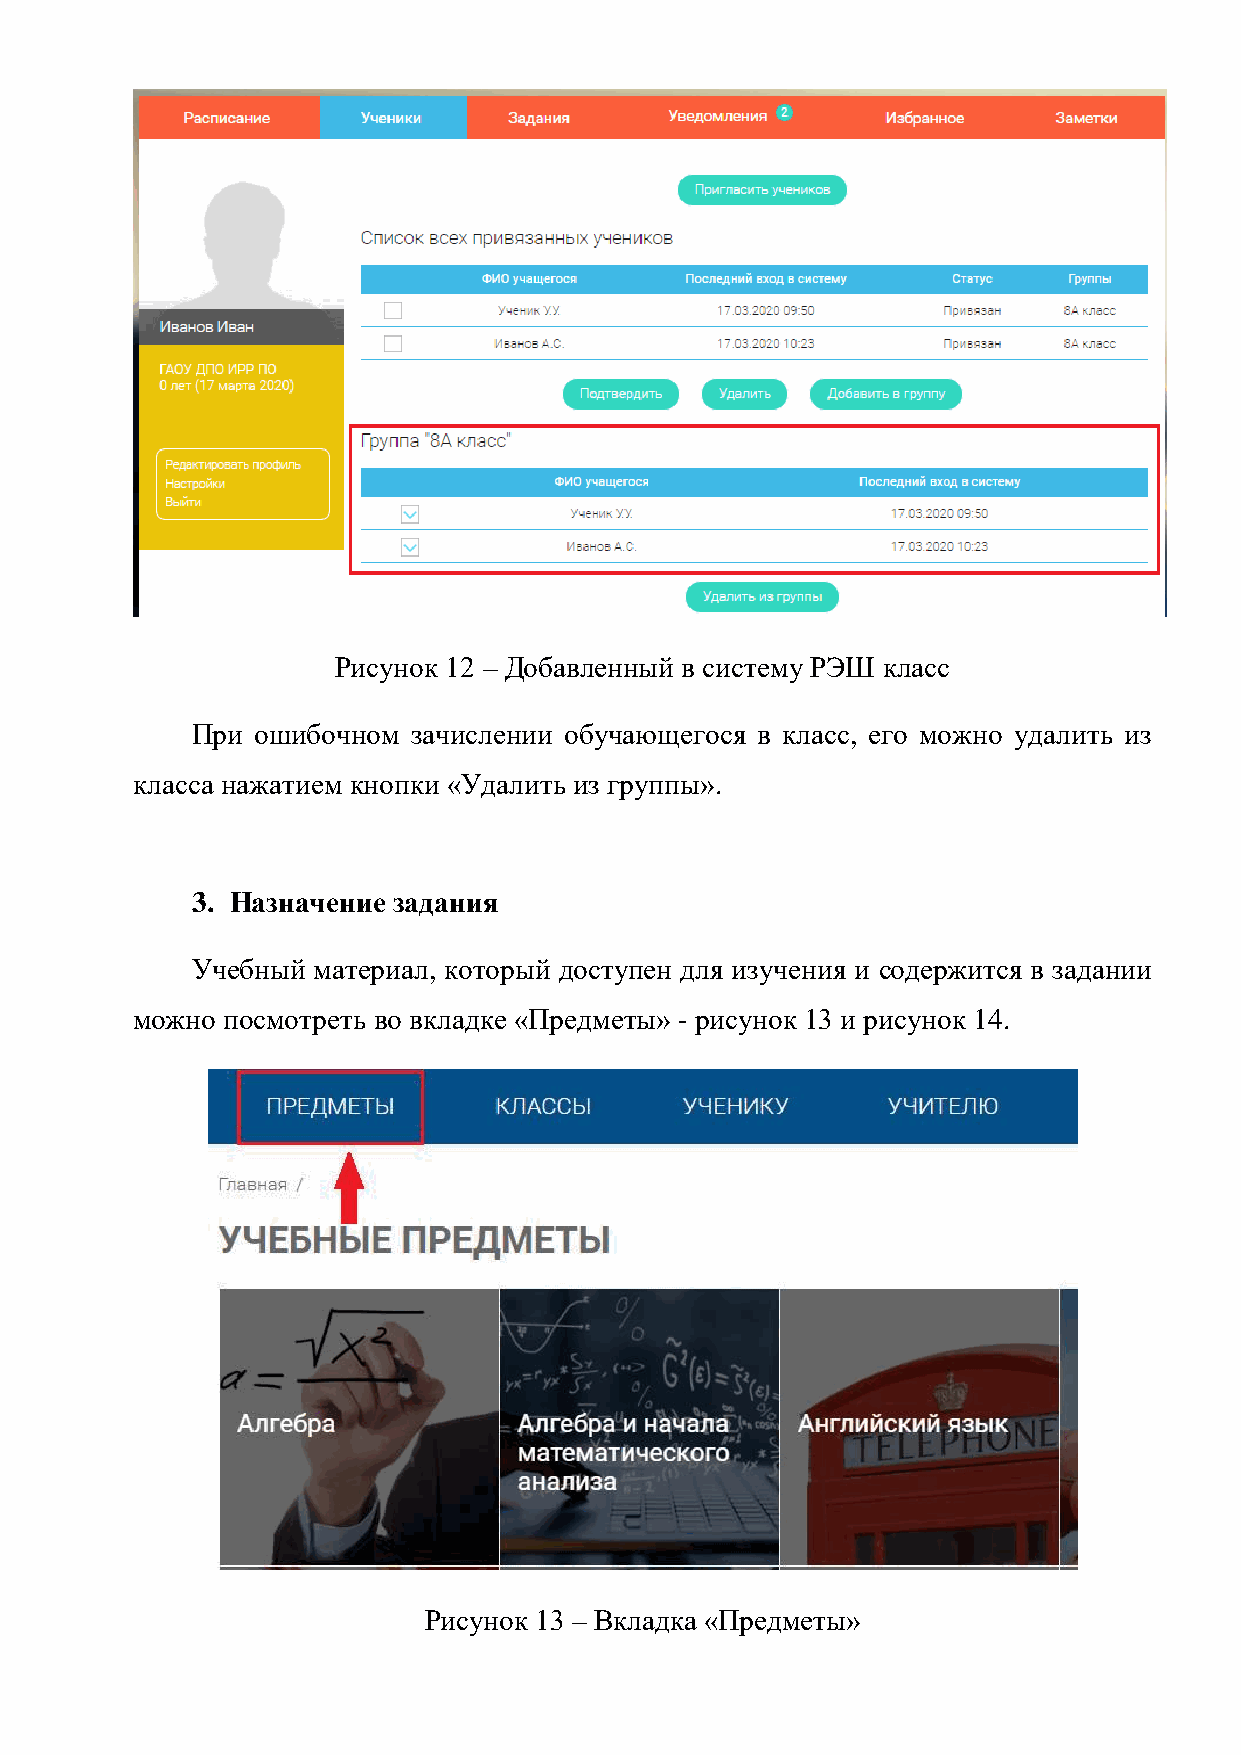
Рисунок 12 – Добавленный в систему РЭШ класс
 При ошибочном зачислении обучающегося в класс, его можно удалить из
 класса нажатием кнопки «Удалить из группы».
 3. Назначение задания
 Учебный материал, который доступен для изучения и содержится в задании
 можно посмотреть во вкладке «Предметы» - рисунок 13 и рисунок 14.
 Рисунок 13 – Вкладка «Предметы»